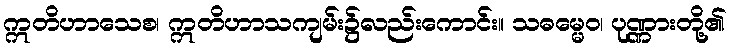
ဣတိဟာသေစ၊ ဣတိဟာသကျမ်း၌လည်းကောင်း။ သဓမ္မေဝ၊ ပုဏ္ဏားတို့၏